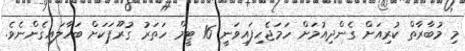
މި މުބާރާތް ކުރިއަށް ގެންދިއުމަށް ހަމަޖެހިފައިވަނީ 16 ޓީމް ހަތަރު ގުރޫޕަކަށް ބަހާލައިގެންނެވެ.